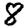
Digit: 8